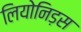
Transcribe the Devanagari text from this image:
लियोनिड़स